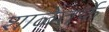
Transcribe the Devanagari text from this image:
शाळेतर्फे